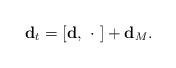
LaTeX: \begin{align*}{\bf d}_{t}= [{\bf d}, \ \cdot \ ] +{\bf d}_{M}.\end{align*}